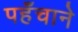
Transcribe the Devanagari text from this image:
पहँचाने